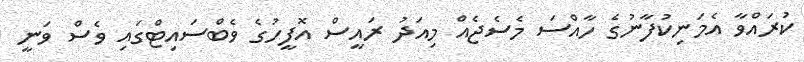
ކުރައްވާ އެމަނިކުފާނުގެ ހާއްސަ މެސެޖެއް މިއަދު ރައީސް އޮފީހުގެ ވެބްސައިޓްގައި ވެސް ވަނީ